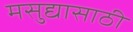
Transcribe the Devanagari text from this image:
मसुद्यासाठी